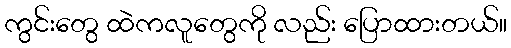
ကွင်းတွေ ထဲကလူတွေကို လည်း ပြောထားတယ်။